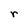
Character: r